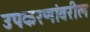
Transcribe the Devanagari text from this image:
उपकरणांवरील